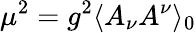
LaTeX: \mu^{2}=g^{2}\langle A_{\nu}A^{\nu}\rangle_{0}